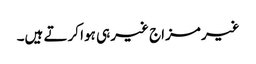
غیر مزاج غیر ہی ہوا کرتے ہیں۔